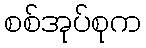
စစ်အုပ်စုက